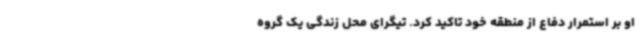
او بر استمرار دفاع از منطقه خود تاکید کرد. تیگرای محل زندگی یک گروه